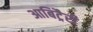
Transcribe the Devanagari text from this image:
आबिट्रैरी